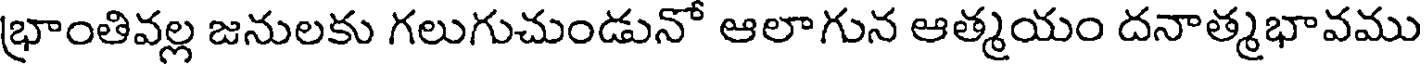
భ్రాంతివల్ల జనులకు గలుగుచుండునో ఆలాగున ఆత్మయం దనాత్మభావము